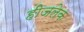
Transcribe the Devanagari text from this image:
हीजलेक